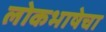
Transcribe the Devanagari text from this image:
लोकभाषेचा